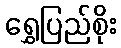
ရွှေပြည်စိုး